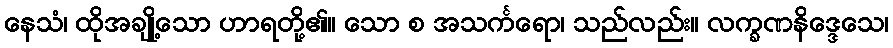
နေသံ၊ ထိုအချို့သော ဟာရတို့၏။ သော စ အသင်္ကရော၊ သည်လည်း။ လက္ခဏနိဒ္ဒေသေ၊